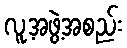
လူ့အဖွဲ့အစည်း